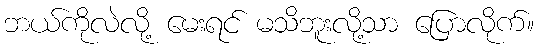
ဘယ်ကိုလဲလို့ မေးရင် မသိဘူးလို့သာ ပြောလိုက်။